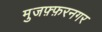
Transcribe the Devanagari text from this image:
मुजफ़्फ़रनगर